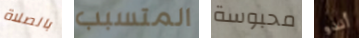
بالصلاة المتسبب محبوسة أندو